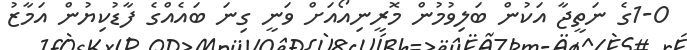
1-0ގެ ނަތީޖާ އަކުން ބަލިވުމުން މޮރީނިއޯއަށް ވަނީ ގިނަ ބައެއްގެ ފާޑުކިޔުން އަމާޒު